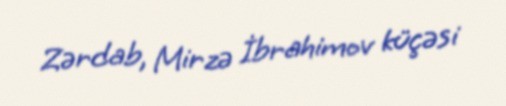
Zərdab, Mirzə İbrahimov küçəsi